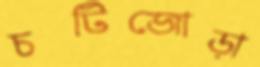
চটিজোড়া